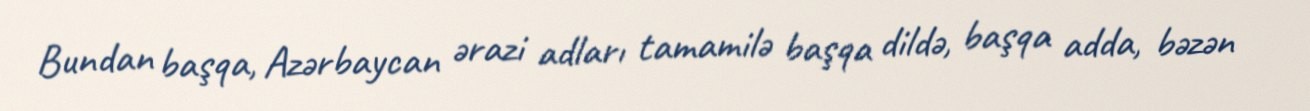
Bundan başqa, Azərbaycan ərazi adları tamamilə başqa dildə, başqa adda, bəzən